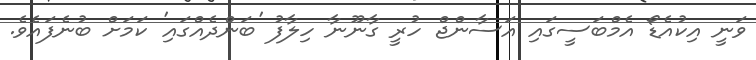
ވަނީ އިކުއެޑޯ އެމްބަސީގައި އަސާންޖް ހުރީ ގާނޫނާ ހިލާފު 'ބަންދެއްގައި' ކަމަށް ބުނެފައެވެ.